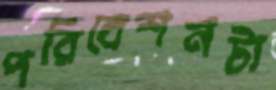
পরিবেশনটা